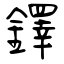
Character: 鐸